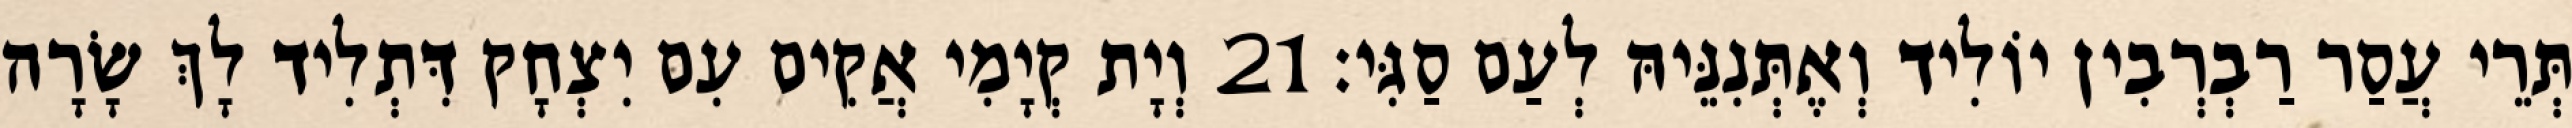
תְּרֵי עֲסַר רַבְרְבִין יוֹלִיד וְאֶתְּנִנֵּיהּ לְעַם סַגִּי׃ 21 וְיָת קְיָמִי אֲקִים עִם יִצְחָק דִּתְלִיד לָךְ שָׂרָה